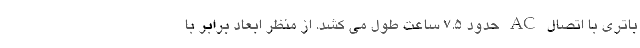
باتری با اتصال AC حدود 7.5 ساعت طول می کشد. از منظر ابعاد برابر با